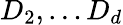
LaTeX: D_{2},\ldots D_{d}